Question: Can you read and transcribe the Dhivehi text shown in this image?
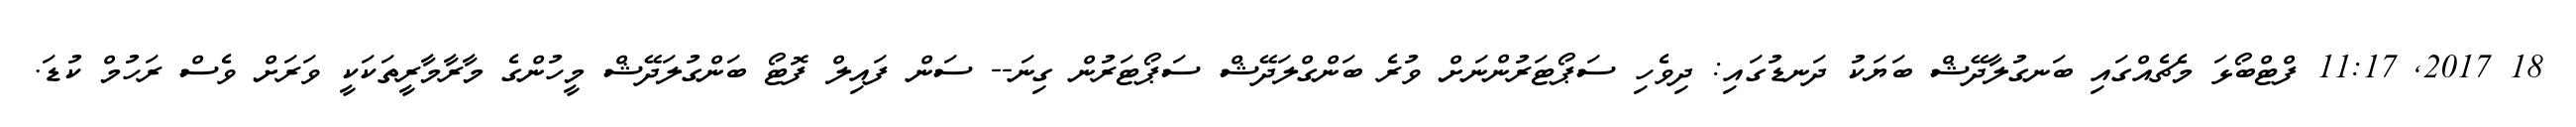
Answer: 18 2017, 11:17 ފްޓްބޯޅަ މެޗެއްގައި ބަނގުލާދޭޝް ބަޔަކު ދަނޑުގައި: ދިވެހި ސަޕޯޓަރުންނަށް ވުރެ ބަންގްލަދޭޝް ސަޕޯޓަރުން ގިނަ-- ސަން ފައިލް ފޮޓޯ ބަންގުލަދޭޝް މީހުންގެ މާރާމާރީތަކަކީ ވަރަށް ވެސް ރަހުމް ކުޑަ.